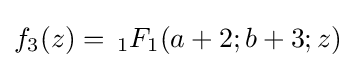
f_{3}(z)=\,_{1}F_{1}(a+2;b+3;z)